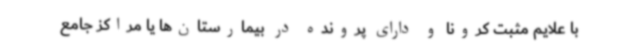
با علایم مثبت کرونا و دارای پرونده در بیمارستان‌ها یا مراکز جامع